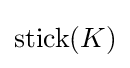
\operatorname {stick} (K)